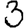
Digit: 3